Vaccine operations Central Provinces 1886-1899 - 1886-1899
Year: 1886
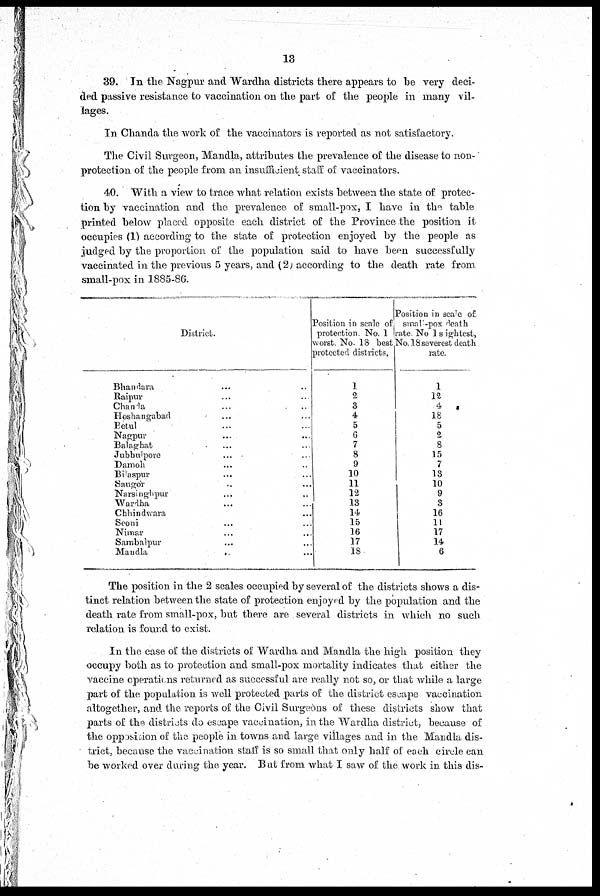
13
39. In the Nagpur and Wardha districts there appears to be very deci-
ded passive resistance to vaccination on the part of the people in many vil-
lages.
In Chanda the work of the vaccinators is reported as not satisfactory.
The Civil Surgeon, Mandla, attributes the prevalence of the disease to non-
protection of the people from an insufficient staff of vaccinators.
40. With a view to trace what relation exists between the state of protec-
tion by vaccination and the prevalence of small-pox, I have in the table
printed below placed opposite each district of the Province the position it
occupies (1) according to the state of protection enjoyed by the people as
judged by the proportion of the population said to have been successfully
vaccinated in the previous 5 years, and (2) according to the death rate from
small-pox in 1885-86.
District.
Bhandara ... ...
Raipur ... ...
Chanda ... ...
Hoshangabad ... ...
Betul ... ...
Nagpur ... ...
Balaghat ... ...
Jubbulpore ... ...
Damoh ... ...
Bilaspur ... ...
Saugor ... ...
Narsinghpur ... ...
Wardha ... ...
Chhindwara ... ...
Seoni ... ...
Nimar ... ...
Sambalpur ... ...
Mandla
... ...
Position in scale of
protection No. 1
worst No. 18 best
protected districts,
1
2
3
4
5
6
7
8
9
10
11
12
13
14
15
16
17
18
Position in seale of
small-pox death
rate No 1 sightest,
No. 18 severest death
rate.
1
12
4
18
5
2
8
15
7
13
10
9
3
16
11
17
14
6
The position in the 2 scales occupied by several of the districts shows a dis-
tinct relation between the state of protection enjoyed by the population and the
death rate from small-pox, but there are several districts in which no such
relation is found to exist.
In the case of the districts of Wardha and Mandla the high position they
occupy both as to protection and small-pox mortality indicates that either the
vaccine operations returned as successful are really not so, or that while a large
part of the population is well protected parts of the district escape vaccination
altogether, and the reports of the Civil Surgeons of these districts show that
parts of the districts do escape vaccination, in the Wardha district, because of
the oppssition of the people in towns and large villages and in the Mandla dis-
trict, because the vaccination staff is so small that only half of each circle can
be worked over during the year. But from what I saw of the work in this dis¬